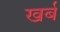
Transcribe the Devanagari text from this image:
खर्ब